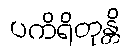
ပကိရိတုန္တိ